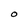
Character: O